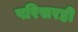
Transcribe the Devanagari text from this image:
परिसरही